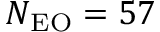
N _ { \mathrm { E O } } = 5 7